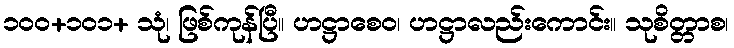
၁၀၀+၁၀၁+ သုံ၊ ဖြစ်ကုန်ပြီ။ ဟဋ္ဌာစေဝ၊ ဟဋ္ဌာလည်းကောင်း။ သုစိတ္တာစ၊